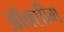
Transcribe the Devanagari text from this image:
ऑक्सीम